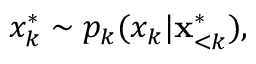
x _ { k } ^ { * } \sim p _ { k } ( x _ { k } | \mathbf { x } _ { < k } ^ { * } ) ,